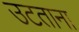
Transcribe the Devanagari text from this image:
उटताना